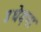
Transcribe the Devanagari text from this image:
उधेड़ना